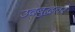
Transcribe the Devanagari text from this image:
उदबुद्धतर